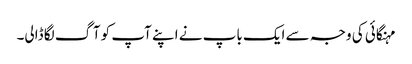
مہنگائی کی وجہ سے ایک باپ نے اپنے آپ کو آگ لگا ڈالی۔